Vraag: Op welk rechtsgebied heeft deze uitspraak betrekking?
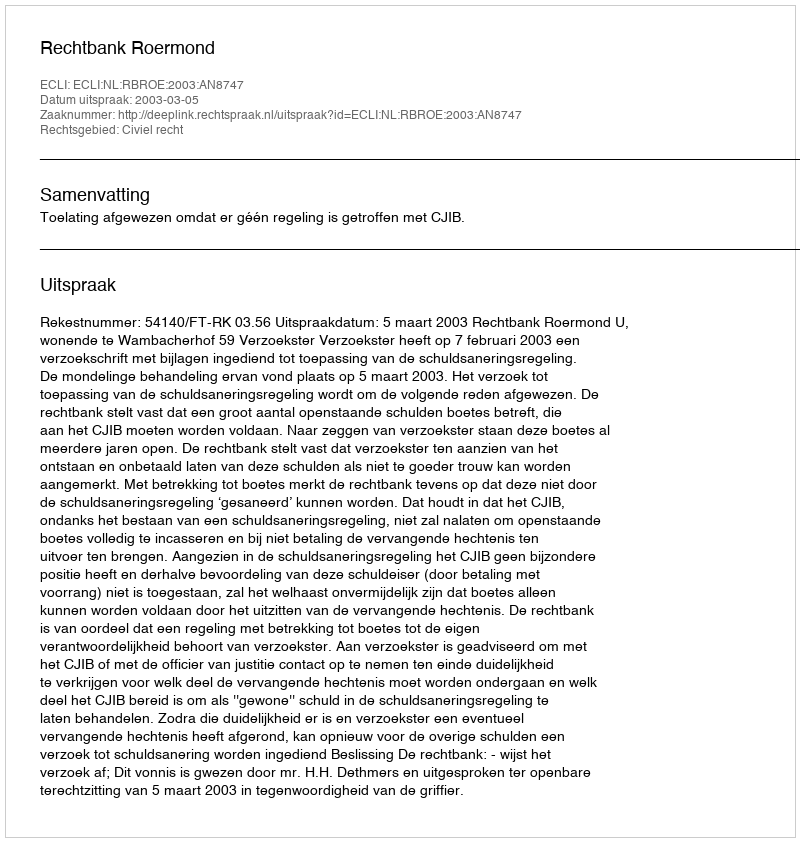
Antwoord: Civiel recht